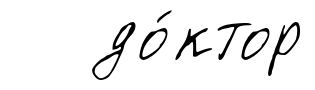
до́ктор